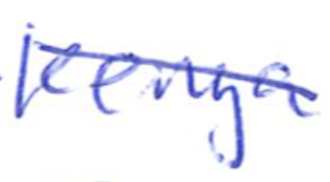
Text: Kenya
Cross-out: diagonal
Writing tool: ballpoint